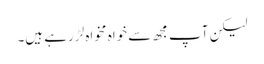
لیکن آپ مجھ سے خواہ مخواہ لڑ رہے ہیں۔